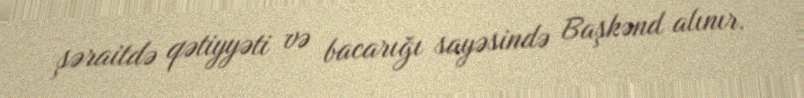
şəraitdə qətiyyəti və bacarığı sayəsində Başkənd alınır.